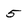
Character: 5